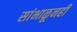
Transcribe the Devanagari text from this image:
सांभाळूनही